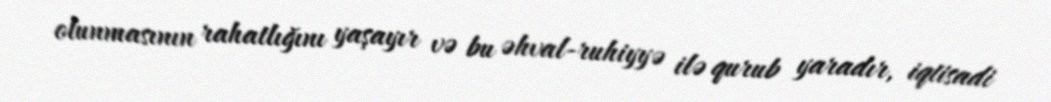
olunmasının rahatlığını yaşayır və bu əhval-ruhiyyə ilə qurub yaradır, iqtisadi